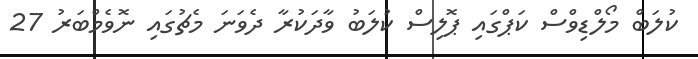
ކުލަބް މޯލްޑިވްސް ކަޕްގައި ޕޮލިސް ކުލަބު ވާދަކުރާ ދެވަނަ މެޗުގައި ނޮވެމްބަރު 27